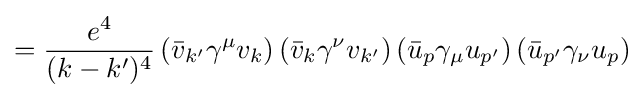
={\frac {e^{4}}{(k-k')^{4}}}\left({\bar {v}}_{k'}\gamma ^{\mu }v_{k}\right)\left({\bar {v}}_{k}\gamma ^{\nu }v_{k'}\right)\left({\bar {u}}_{p}\gamma _{\mu }u_{p'}\right)\left({\bar {u}}_{p'}\gamma _{\nu }u_{p}\right)